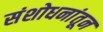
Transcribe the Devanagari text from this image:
संशोधनांतून